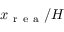
{ x _ { \mathrm { ~ r ~ e ~ a ~ } } / H }